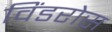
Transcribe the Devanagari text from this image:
विंडरोस